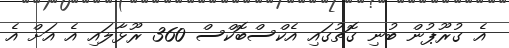
އެ ގުރޫޕުން ބުނި ގޮތުގައި އެކްސްބޮކްސް 360 ރޫޅާލައި އެ އަށް އެ